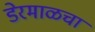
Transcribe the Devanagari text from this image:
डेरमाळचा